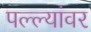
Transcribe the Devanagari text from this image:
पल्ल्यांवर